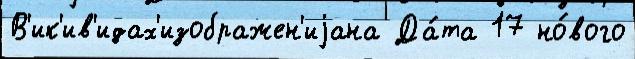
В'ик'ив'идах'изображен'иjана Да́та 17 но́вого